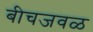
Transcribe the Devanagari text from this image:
बीचजवळ